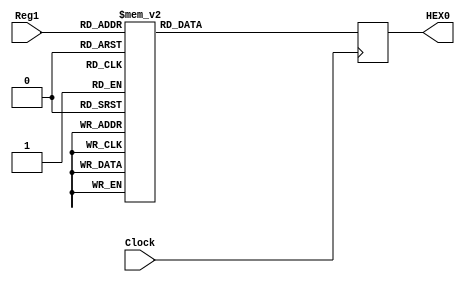
module seven_seg_decoder(Reg1, HEX0, Clock);
	input Clock;
	input [3:0] Reg1;
	output reg [6:0] HEX0;
	
	
	always @(posedge Clock) begin
        case (Reg1)
			0: HEX0 = 7'b1000000;
			1: HEX0 = 7'b1111001;
			2: HEX0 = 7'b0100100;
			3: HEX0 = 7'b0110000;
			4: HEX0 = 7'b0011001;
			5: HEX0 = 7'b0010010;
			6: HEX0 = 7'b0000010;
			7: HEX0 = 7'b1111000;
			8: HEX0 = 7'b0000000;
			9: HEX0 = 7'b0010000;
            10: HEX0 = 7'b0001000;
            11: HEX0 = 7'b0000011;
            12: HEX0 = 7'b1000110;
            13: HEX0 = 7'b0100001;
            14: HEX0 = 7'b0000110;
            15: HEX0 = 7'b0001110;
            default HEX0 = 7'b0000000;
        endcase
	end
endmodule